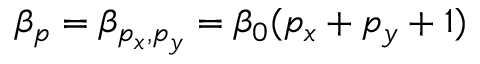
\beta _ { p } = \beta _ { p _ { x } , p _ { y } } = \beta _ { 0 } ( p _ { x } + p _ { y } + 1 )